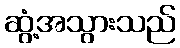
ဆွံ့အသွားသည်